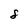
Character: 8